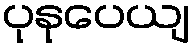
ပုနုပေယျ